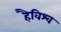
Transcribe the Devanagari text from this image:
हैविश्व